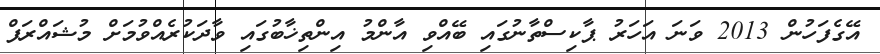
އޭގެފަހުން 2013 ވަނަ އަހަރު ޕާކިސްތާނުގައި ބޭއްވި އާންމު އިންތިޚާބުގައި ވާދަކުރެއްވުމަށް މުޝައްރަފް